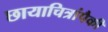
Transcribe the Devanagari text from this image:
छायाचित्रांपैकी